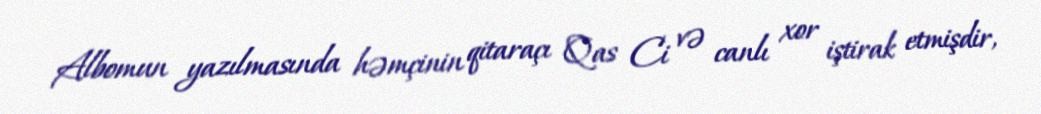
Albomun yazılmasında həmçinin qitaraçı Qas Ci və canlı xor iştirak etmişdir,